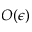
O ( \epsilon )